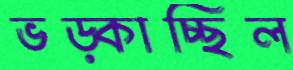
ভড়্‌কাচ্ছিল